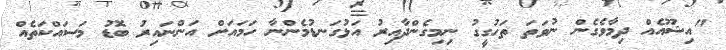
"އިޝޫއެއް ދިމާވެގެން ނުވަތަ ތަހުގީގު ނިމިގެންދާއިރު އަޅުގަނޑުމެންނާ ހަމައަށް އަންނައިރު ބޮޑު މަސައްކަތެއް